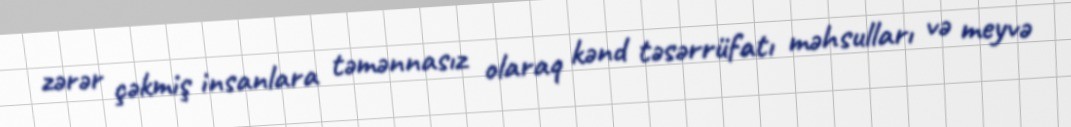
zərər çəkmiş insanlara təmənnasız olaraq kənd təsərrüfatı məhsulları və meyvə